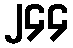
၂၄၄